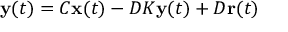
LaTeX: \mathbf { y } ( t ) = C \mathbf { x } ( t ) - D K \mathbf { y } ( t ) + D \mathbf { r } ( t )